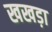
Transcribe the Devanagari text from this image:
खखड़ा